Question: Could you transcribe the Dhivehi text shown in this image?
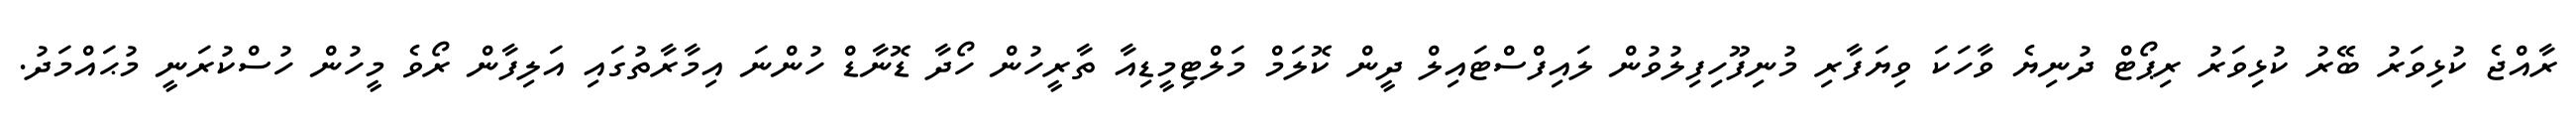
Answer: ރާއްޖެ ކުޅިވަރު ބޭރު ކުޅިވަރު ރިޕޯޓް ދުނިޔެ ވާހަކަ ވިޔަފާރި މުނިފޫހިފިލުވުން ލައިފްސްޓައިލް ދީން ކޮލަމް މަލްޓިމީޑިއާ ތާރީހުން ހޯދާ ޑޮނާޑް ހުންނަ އިމާރާތުގައި އަލިފާން ރޯވެ މީހުން ހުސްކުރަނީ މުޙައްމަދު.